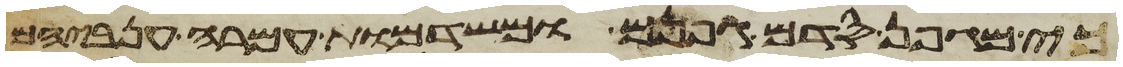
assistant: כי מגפן סדם גפנם ומשדמות עמרה ענביהם